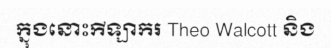
ក្នុងនោះកីឡាករ Theo Walcott និង